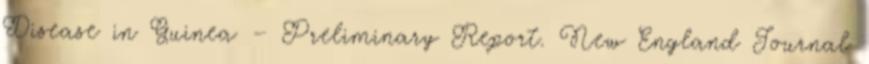
Disease in Guinea — Preliminary Report. New England Journal